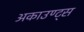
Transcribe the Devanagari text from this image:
अकाउण्ट्स